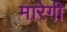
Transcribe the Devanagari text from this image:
मारेगी